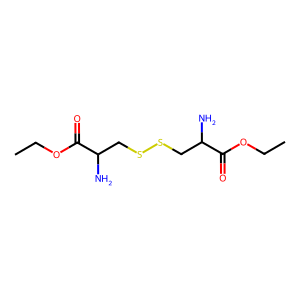
SMILES: CCOC(=O)C(N)CSSCC(N)C(=O)OCC
Inhibits HIV replication: No